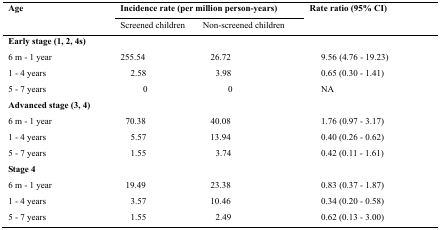
| <ROWSPAN=3> Age | <COLSPAN=2> Incidence rate (per million person-years) | <ROWSPAN=3> Rate ratio (95% CI) |
 | Screened children | Non-screened children |
 | --- | --- | --- | --- |
 | Early stage (1, 2, 4s) |  |  |  |
 | 6 m - 1 year | 255.54 | 26.72 | 9.56 (4.76 - 19.23) |
 | 1 - 4 years | 2.58 | 3.98 | 0.65 (0.30 - 1.41) |
 | 5 - 7 years | 0 | 0 | NA |
 | Advanced stage (3, 4) |  |  |  |
 | 6 m - 1 year | 70.38 | 40.08 | 1.76 (0.97 - 3.17) |
 | 1 - 4 years | 5.57 | 13.94 | 0.40 (0.26 - 0.62) |
 | 5 - 7 years | 1.55 | 3.74 | 0.42 (0.11 - 1.61) |
 | Stage 4 |  |  |  |
 | 6 m - 1 year | 19.49 | 23.38 | 0.83 (0.37 - 1.87) |
 | 1 - 4 years | 3.57 | 10.46 | 0.34 (0.20 - 0.58) |
 | 5 - 7 years | 1.55 | 2.49 | 0.62 (0.13 - 3.00) |